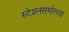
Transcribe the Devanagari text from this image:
स्टेशनसमोरच्या